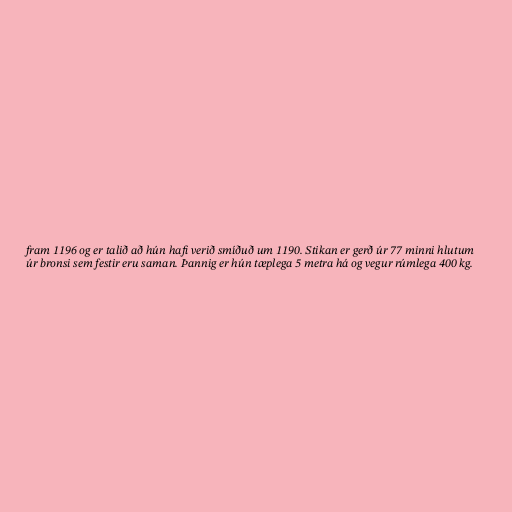
fram 1196 og er talið að hún hafi verið smíðuð um 1190. Stikan er gerð úr 77 minni hlutum
úr bronsi sem festir eru saman. Þannig er hún tæplega 5 metra há og vegur rúmlega 400 kg.